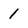
Character: 1